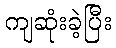
ကျဆုံးခဲ့ပြီး